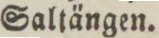
Saltängen.